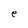
Character: e